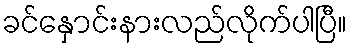
ခင်နှောင်းနားလည်လိုက်ပါပြီ။